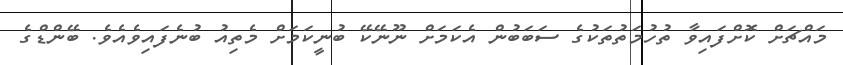
މައްޗަށް ކޮށްފައިވާ ތުހުމަތުތަކުގެ ސަބަބުން އެކަމަށް ނޫނޭކޭ ބުނީކަމަށް މެތިއު ބުނެފައިވެއެވެ. ބޭންޑްގެ